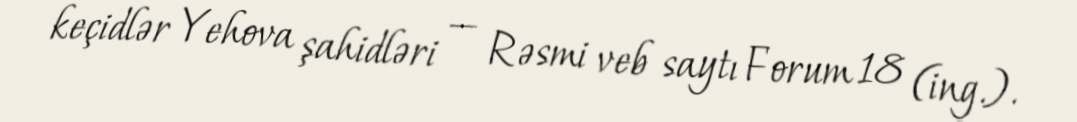
keçidlər Yehova şahidləri — Rəsmi veb saytı Forum 18 (ing.).